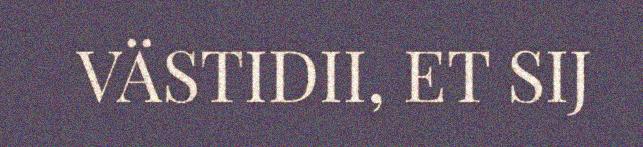
VÄSTIDII, ET SIJ